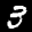
Label: 3